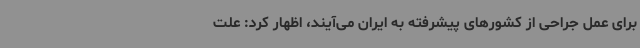
برای عمل جراحی از کشورهای پیشرفته به ایران می‌آیند، اظهار کرد: علت